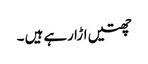
چھتیں اڑا رہے ہیں ۔